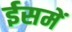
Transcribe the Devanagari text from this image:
ईसमें